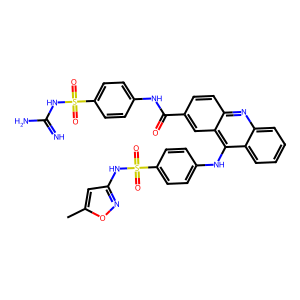
SMILES: Cc1cc(NS(=O)(=O)c2ccc(Nc3c4ccccc4nc4ccc(C(=O)Nc5ccc(S(=O)(=O)NC(=N)N)cc5)cc34)cc2)no1
Inhibits HIV replication: No